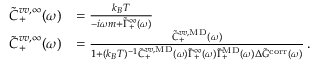
\begin{array} { r l } { \Tilde { C } _ { + } ^ { v v , \infty } ( \omega ) } & { = \frac { k _ { B } T } { - i \omega m + \Tilde { \Gamma } _ { + } ^ { \infty } ( \omega ) } } \\ { \Tilde { C } _ { + } ^ { v v , \infty } ( \omega ) } & { = \frac { \Tilde { C } _ { + } ^ { v v , \mathrm { M D } } ( \omega ) } { 1 + ( k _ { B } T ) ^ { - 1 } \Tilde { C } _ { + } ^ { v v , \mathrm { M D } } ( \omega ) \Tilde { \Gamma } _ { + } ^ { \infty } ( \omega ) \Tilde { \Gamma } _ { + } ^ { \mathrm { M D } } ( \omega ) \Delta \Tilde { G } ^ { \mathrm { c o r r } } ( \omega ) } \, . } \end{array}